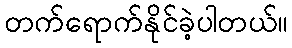
တက်ရောက်နိုင်ခဲ့ပါတယ်။